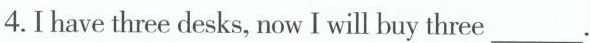
4.I have three desks, now I will buy three___.